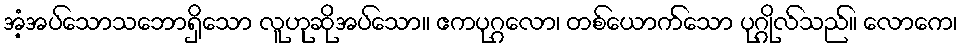
အံ့အပ်သောသဘောရှိသော လူဟုဆိုအပ်သော။ ဧကပုဂ္ဂလော၊ တစ်ယောက်သော ပုဂ္ဂိုလ်သည်။ လောကေ၊